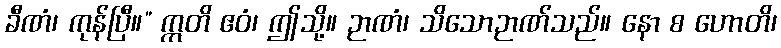
ခီဏံ၊ ကုန်ပြီ။” ဣတိ ဧဝံ၊ ဤသို့။ ဉာဏံ၊ သိသောဉာဏ်သည်။ နော စ ဟောတိ၊